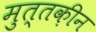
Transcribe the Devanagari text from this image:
मुत्तक़ीन